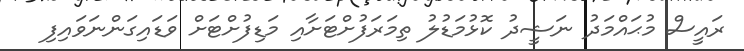
ރައީސް މުޙައްމަދު ނަޝީދު ކޮޅުމަޑުލު ތިމަރަފުށްޓަށާއި މަޑިފުށްޓަށް ވަޑައިގަންނަވައިފި